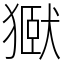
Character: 㺇